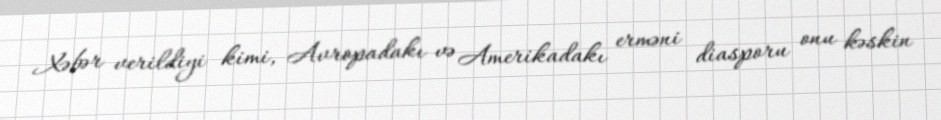
Xəbər verildiyi kimi, Avropadakı və Amerikadakı erməni diasporu onu kəskin